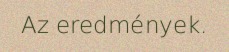
Az eredmények.